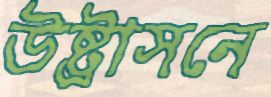
উষ্ট্রাসনে